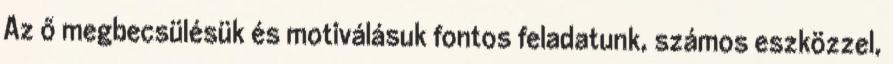
Az ő megbecsülésük és motiválásuk fontos feladatunk, számos eszközzel,